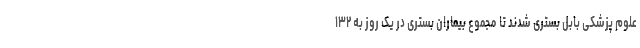
علوم پزشکی بابل بستری شدند تا مجموع بیماران بستری در یک روز به ۱۳۲